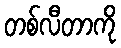
တစ်လီတာကို